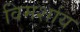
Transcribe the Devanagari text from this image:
विमर्शाय